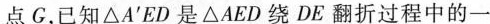
点G，已知\Delta A^{‘}ED是\Delta AED绕DE翻折过程中的一